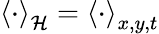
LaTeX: \left<\cdot\right>_{\mathcal{H}}=\left<\cdot\right>_{x,y,t}